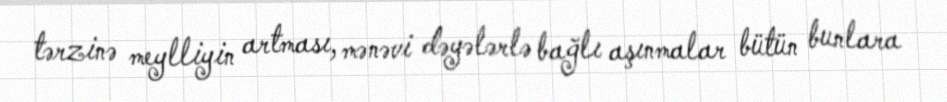
tərzinə meylliyin artması, mənəvi dəyələrlə bağlı aşınmalar bütün bunlara